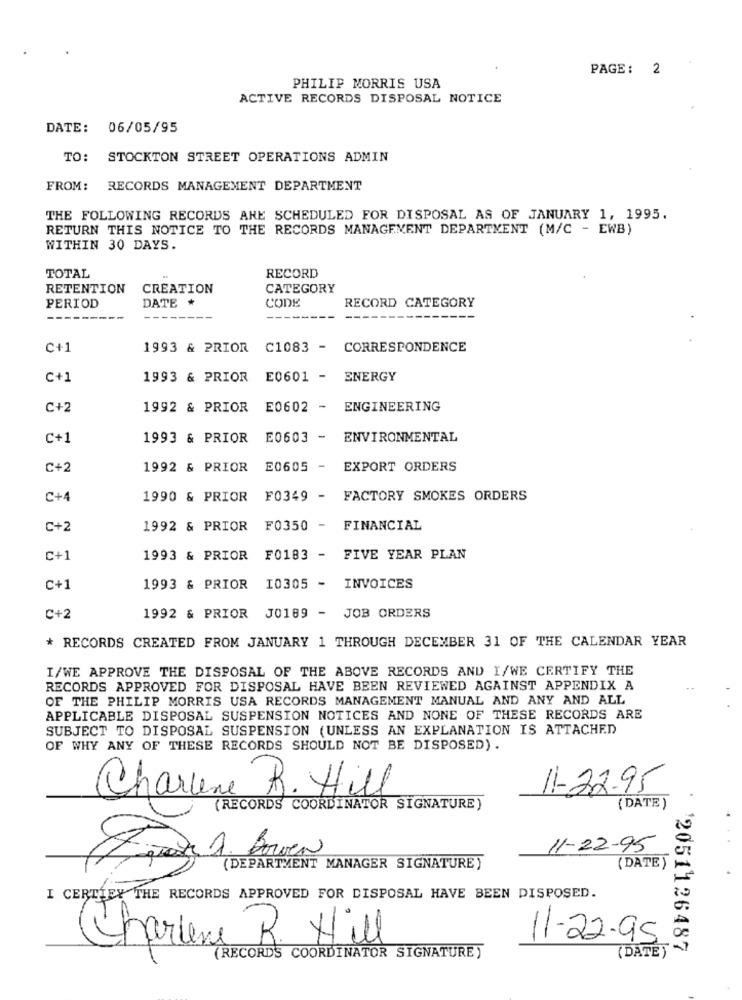
PAGE: 2
PHILIP MORRIS USA
ACTIVE RECORDS DISPOSAL NOTICE
DATE: 06/05/95
TO: STOCKTON STREET OPERATIONS ADMIN
FROM: RECORDS MANAGEMENT DEPARTMENT
THE FOLLOWING RECORDS ARE SCHEDULED FOR DISPOSAL AS OF JANUARY 1, 1995.
RETURN THIS NOTICE TO THE RECORDS MANAGEMENT DEPARTMENT (M/C - EWB)
WITHIN 30 DAYS.
TOTAL
RECORD
RETENTION
CREATION
CATEGORY
DATE
CODE
RECORD CATEGORY
PERIOD
C+1
1993 & PRIOR
C1083 - CORRESPONDENCE
C+1
1993 & PRIOR
E0601 -
ENERGY
C+2
1992 & PRIOR
E0602 -
ENGINEERING
C+1
1993 & PRIOR
E0603 -
ENVIRONMENTAL
C+2
1992 & PRIOR
E0605 -
EXPORT ORDERS
C+4
1990 & PRIOR F0349 - FACTORY SMOKES ORDERS
C+2
1992 & PRIOR F0350 -
FINANCIAL
C+1
1993 & PRIOR F0183 -
FIVE YEAR PLAN
C+1
1993 & PRIOR I0305 - INVOICES
C+2
1992 & PRIOR J0189 - JOB ORDERS
* RECORDS CREATED FROM JANUARY 1 THROUGH DECEMBER 31 OF THE CALENDAR YEAR
I/WE APPROVE THE DISPOSAL OF THE ABOVE RECORDS AND I/WE CERTIFY THE
RECORDS APPROVED FOR DISPOSAL HAVE BEEN REVIEWED AGAINST APPENDIX A
OF THE PHILIP MORRIS USA RECORDS MANAGEMENT MANUAL AND ANY AND ALL
APPLICABLE DISPOSAL SUSPENSION NOTICES AND NONE OF THESE RECORDS ARE
SUBJECT TO DISPOSAL SUSPENSION (UNLESS AN EXPLANATION IS ATTACHED
OF WHY ANY OF THESE RECORDS SHOULD NOT BE DISPOSED) .
Charlene R. Hill
11-22-95
(DATE )
(RECORDS COORDINATOR SIGNATURE)
11-22-95
Fresa A. Bowen
(DEPARTMENT MANAGER SIGNATURE)
( DATE)
I CERTIEY THE RECORDS APPROVED FOR DISPOSAL HAVE BEEN DISPOSED.
Charlene R. Hill
11-22-95
' '2051126487
(RECORDS COORDINATOR SIGNATURE )
(DATE)